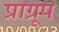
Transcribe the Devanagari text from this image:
प्राग्रूप